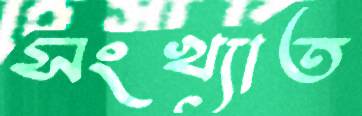
সংখ্যাত